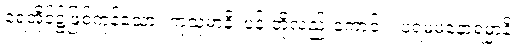
ရေအိုင်၌ဖြစ်ကုန်သော။ ကုသုမာနိ၊ ပန်းတို့လည်းကောင်း။ ပရမမနောရမ္မာနိ၊